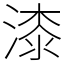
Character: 漆